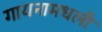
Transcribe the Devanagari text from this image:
गायनामधली